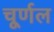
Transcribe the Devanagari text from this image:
चूर्णल